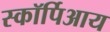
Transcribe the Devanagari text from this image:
स्कॉर्पिआय